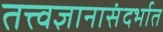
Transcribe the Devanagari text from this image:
तत्त्वज्ञानासंदर्भात